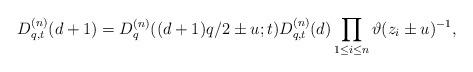
LaTeX: \begin{gather*}D^{(n)}_{q,t}(d+1)=D^{(n)}_q((d+1)q/2\pm u;t)D^{(n)}_{q,t}(d)\prod_{1\le i\le n} \vartheta(z_i\pm u)^{-1},\end{gather*}